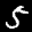
Label: 5